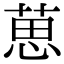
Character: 葸